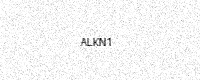
Text: ALKN1